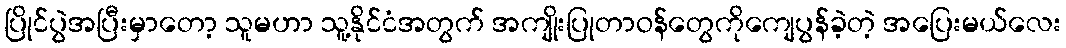
ပြိုင်ပွဲအပြီးမှာတော့ သူမဟာ သူ့နိုင်ငံအတွက် အကျိုးပြုတာဝန်တွေကိုကျေပွန်ခဲ့တဲ့ အပြေးမယ်လေး